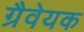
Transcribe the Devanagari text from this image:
ग्रैवेयक